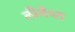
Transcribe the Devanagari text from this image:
लीगैन्स